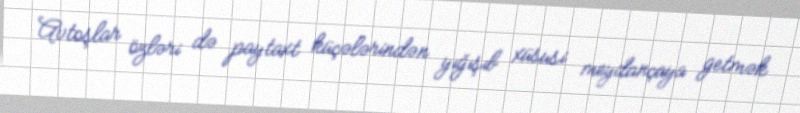
Avtoşlar özləri də paytaxt küçələrindən yığışıb xüsusi meydançaya getmək